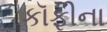
કૉફીના